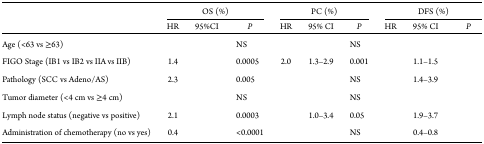
<table><thead><tr><td>[EMPTY_CELL]</td><td colspan="3"><b>OS (%)</b></td><td colspan="3"><b>PC (%)</b></td><td colspan="3"><b>DFS (%)</b></td></tr><tr><td>[EMPTY_CELL]</td><td><b>HR</b></td><td><b>95%CI</b></td><td><b><i>P</i></b></td><td><b>HR</b></td><td><b>95% CI</b></td><td><b><i>P</i></b></td><td><b>HR</b></td><td><b>95% CI</b></td><td><b><i>P</i></b></td></tr></thead><tbody><tr><td>Age (&lt;63 vs ≥63)</td><td>[EMPTY_CELL]</td><td>[EMPTY_CELL]</td><td>NS</td><td>[EMPTY_CELL]</td><td>[EMPTY_CELL]</td><td>NS</td><td>[EMPTY_CELL]</td><td>[EMPTY_CELL]</td><td>[EMPTY_CELL]</td></tr><tr><td>FIGO Stage (IB1 vs IB2 vs IIA vs IIB)</td><td>1.4</td><td>[EMPTY_CELL]</td><td>0.0005</td><td>2.0</td><td>1.3–2.9</td><td>0.001</td><td>[EMPTY_CELL]</td><td>1.1–1.5</td><td>[EMPTY_CELL]</td></tr><tr><td>Pathology (SCC vs Adeno/AS)</td><td>2.3</td><td>[EMPTY_CELL]</td><td>0.005</td><td>[EMPTY_CELL]</td><td>[EMPTY_CELL]</td><td>NS</td><td>[EMPTY_CELL]</td><td>1.4–3.9</td><td>[EMPTY_CELL]</td></tr><tr><td>Tumor diameter (&lt;4 cm vs ≥4 cm)</td><td>[EMPTY_CELL]</td><td>[EMPTY_CELL]</td><td>NS</td><td>[EMPTY_CELL]</td><td>[EMPTY_CELL]</td><td>NS</td><td>[EMPTY_CELL]</td><td>[EMPTY_CELL]</td><td>[EMPTY_CELL]</td></tr><tr><td>Lymph node status (negative vs positive)</td><td>2.1</td><td>[EMPTY_CELL]</td><td>0.0003</td><td>[EMPTY_CELL]</td><td>1.0–3.4</td><td>0.05</td><td>[EMPTY_CELL]</td><td>1.9–3.7</td><td>[EMPTY_CELL]</td></tr><tr><td>Administration of chemotherapy (no vs yes)</td><td>0.4</td><td>[EMPTY_CELL]</td><td>&lt;0.0001</td><td>[EMPTY_CELL]</td><td>[EMPTY_CELL]</td><td>NS</td><td>[EMPTY_CELL]</td><td>0.4–0.8</td><td>[EMPTY_CELL]</td></tr></tbody></table>